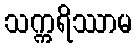
သက္ကရိဿာမ